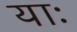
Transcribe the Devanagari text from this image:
याः